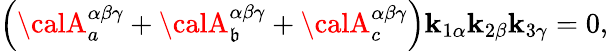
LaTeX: \left({\calA}_{a}^{\alpha\beta\gamma}+{\calA}_{\mathfrak{b}}^{\alpha\beta\gamma}+{\calA}_{c}^{\alpha\beta\gamma}\right)\mathbf{k}_{1\alpha}\mathbf{k}_{2\beta}\mathbf{k}_{3\gamma}=0,